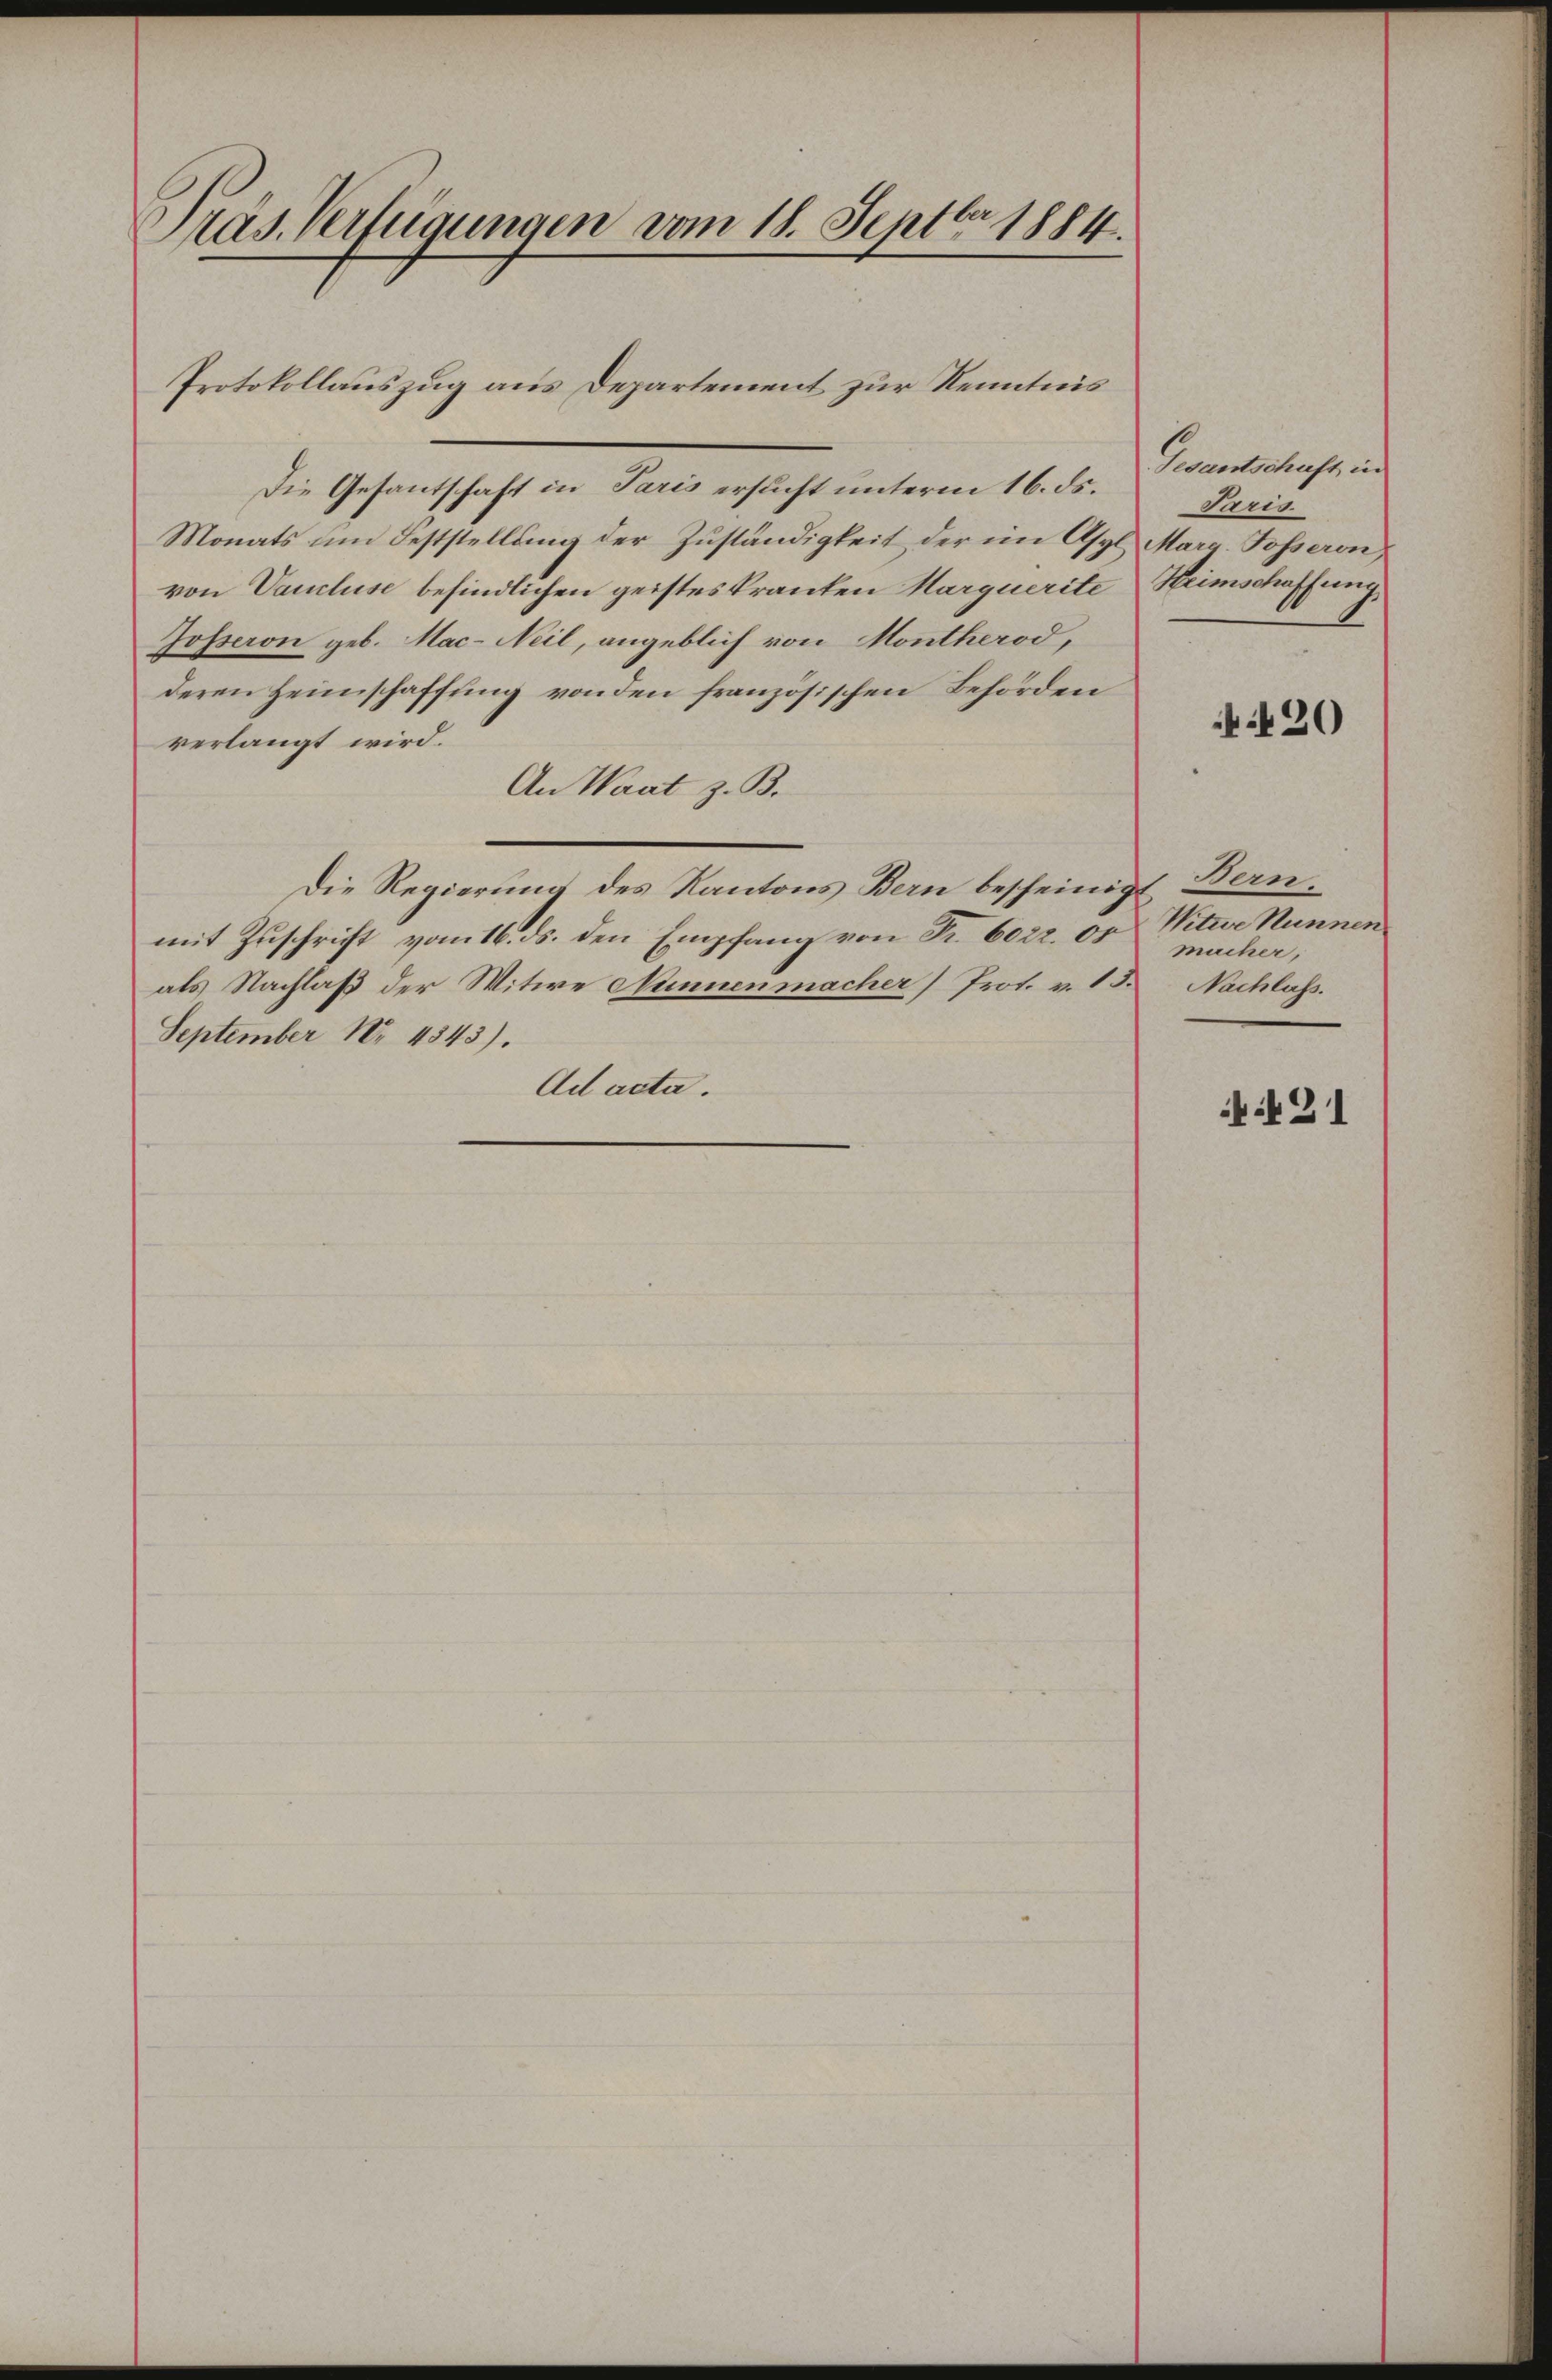
Präs. Verfügungen vom 18. Septbr 1884.

Die Gesantschaft in Paris ersucht unterm 16. ds.
Monats um Feststellung der Zuständigkeit der im Asyl Marg. Posseron
von Vancluse befindlichen geistes kranken Marquerite Heimschaffung
Josseron geb. Mac- Neil, angeblich von Montherod,
deren Heimschaffung von den französischen Behörden
verlangt wird.
An Wart z. B.
Die Regierung des Kantons Bern bescheinigt Bernmit Zuschrift vom 16. ds. den Empfang von Fr. 602. 00
als Nachlaß der Witwe Nunnenmacher Prot. v. 15.Nachlass.
September Nr. 4543).
Ad acta.

Protokollauszug aus Departement zur Kenntnis

Gesantschaft in
Paris

420

Nitwe Hunnen
macher,

421